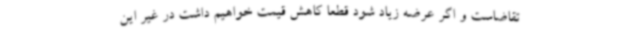
تقاضاست و اگر عرضه زیاد شود قطعا کاهش قیمت خواهیم داشت در غیر این